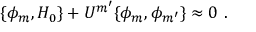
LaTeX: \{ \phi _ { m } , H _ { 0 } \} + { \cal U } ^ { m ^ { \prime } } \{ \phi _ { m } , \phi _ { m ^ { \prime } } \} \approx 0 \ .